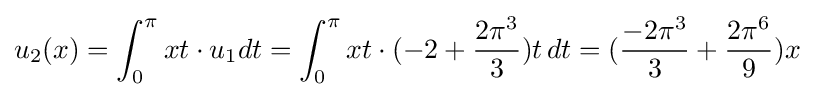
u_{2}(x)=\int _{0}^{\pi }xt\cdot u_{1}dt=\int _{0}^{\pi }xt\cdot (-2+{\frac {2\pi ^{3}}{3}})t\,dt=({\frac {-2\pi ^{3}}{3}}+{\frac {2\pi ^{6}}{9}})x